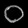
Digit: ၀